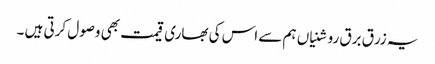
یہ زرق برق روشنیاں ہم سے اس کی بھاری قیمت بھی وصول کرتی ہیں ۔